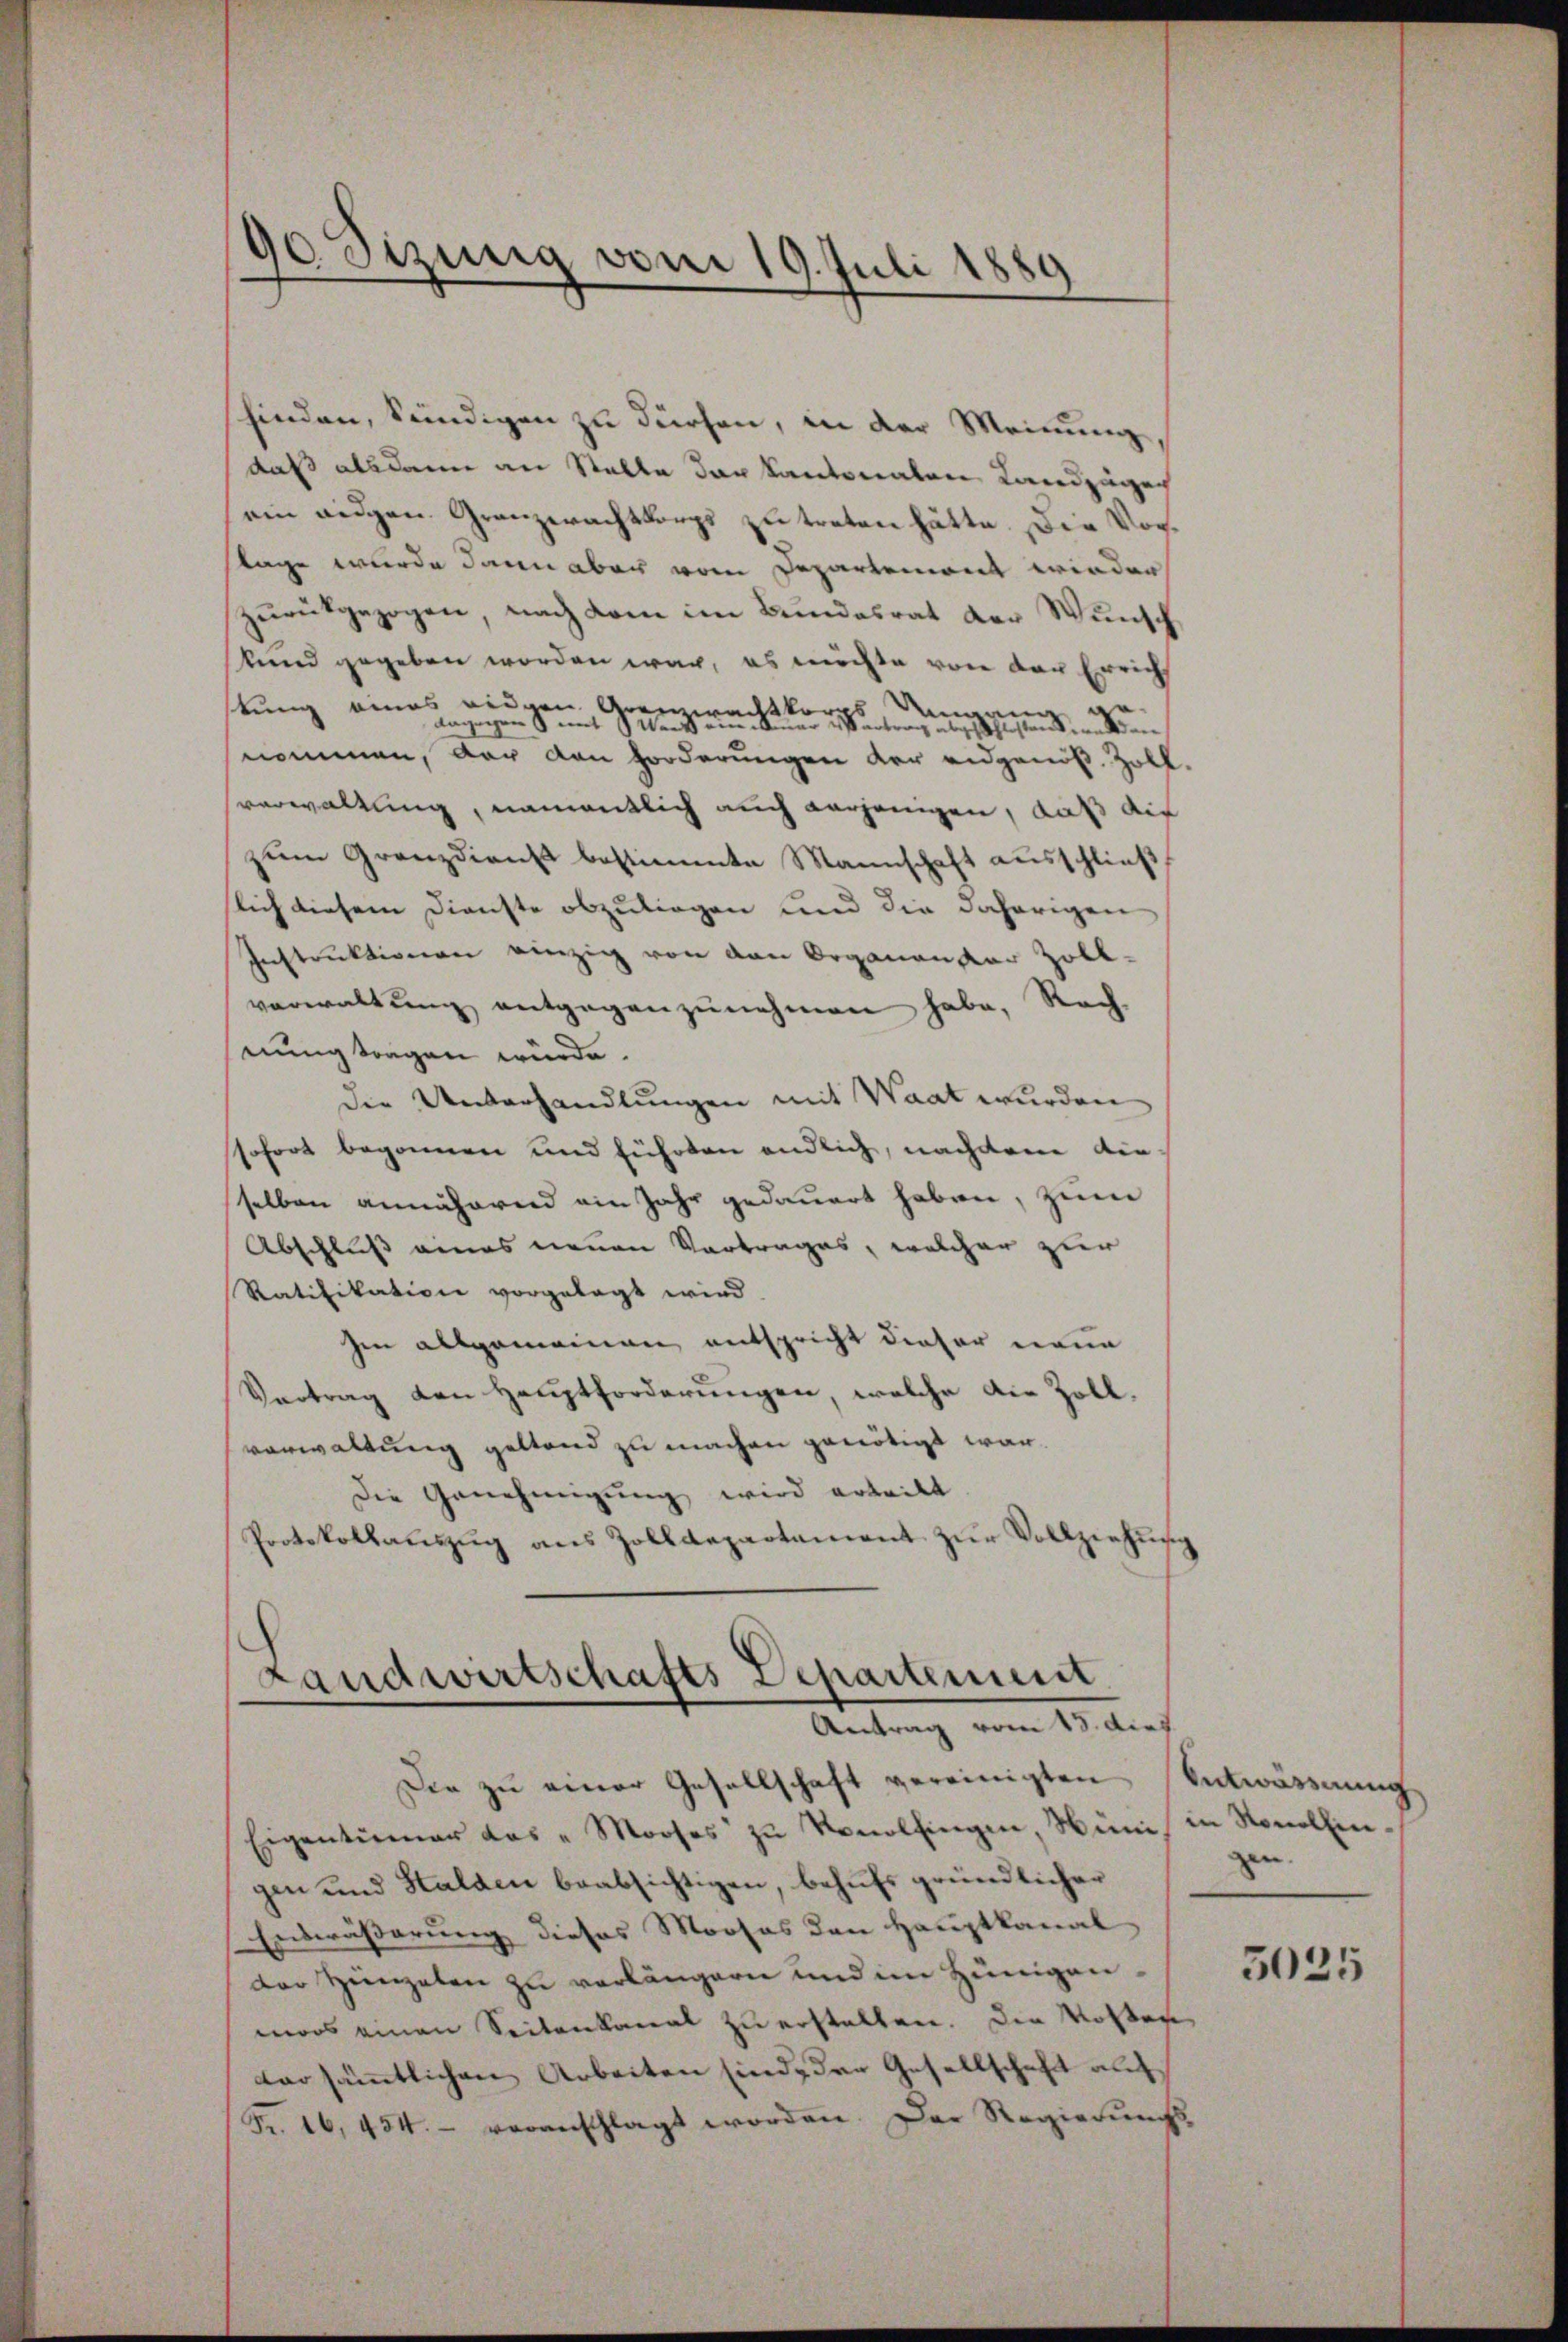
finden, kündigen zu dürfen, in der Meinung,
daß alsdann an Stalle der kantonalen Landzüger
ein angen Granzwachtkorps zu treten hätte. Die Vorlage wurde dann aber vom Departement wieder
zŭrückgezogen, nach dem im Bundesrat der Wunsch
kund gegeben worden war, es möchte von der Erricht
tŭng eines riegen, Granzwacht korps des eine
nommen, der von Forderungen der eidgenöß, Zollverwaltung, namentlich auch verjenigen, daß die
zum Granzdienst bestimmte Mannschaft ausschließ
lich diesem Dienste abzuliegen und die daherigen
Instruktionen einzig von den Organander Zoll-
verwaltung entgegenzunehmen habe, Rech-
nung tragen würde.
Die Unterhandlungen mit Waat wurden
sofort begonnen und führten endlich, nachdem die
selben annäheren ein Jahr gedauert haben, zum
Abschluß eines neuen Vortrages, welcher zur
Ratifikation vorgelegt wird.
en allgemeinen entspricht dieser neue
Vertrag den Hauptforderungen, welche die Zollverwaltung geltend zu machen genötigt war.
Die Genehmigung wird erteilt
Protokollaŭszŭg ans Zolldepartament zŭr Vollziehŭn

90 Sizung vom 19. Juli 1889

Landwirtschafts Departement
Antrag vom 13. dies

Die zŭ einer Gesellschaft vereinigten Entwärenung
Eigentümer das "Mooses zŭ Konolfingen, Hüni in Nonolfingen und Stalden beabsichtigen, behufs gründlicher
Entwässerung dieses Mooses den Hauptkanal
der Hingelen zu verlängern und im Hünigenmoos einen Seitenkanal zu erstellen. Die Kosten
vorsämmtlichen Arbeiten sind, der Gesellschaft auf
Fr. 16, 454. - veranschlagt worden. Der Regierungs-

gen

5025